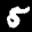
Label: 5